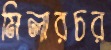
মিলারচর